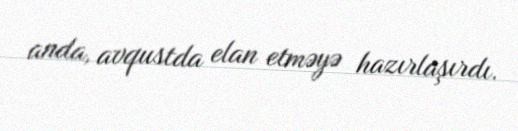
anda, avqustda elan etməyə hazırlaşırdı.